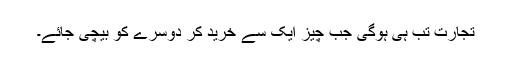
تجارت تب ہی ہوگی جب چیز ایک سے خرید کر دوسرے کو بیچی جائے۔